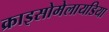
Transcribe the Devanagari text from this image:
क्राइसोमेलायडिया